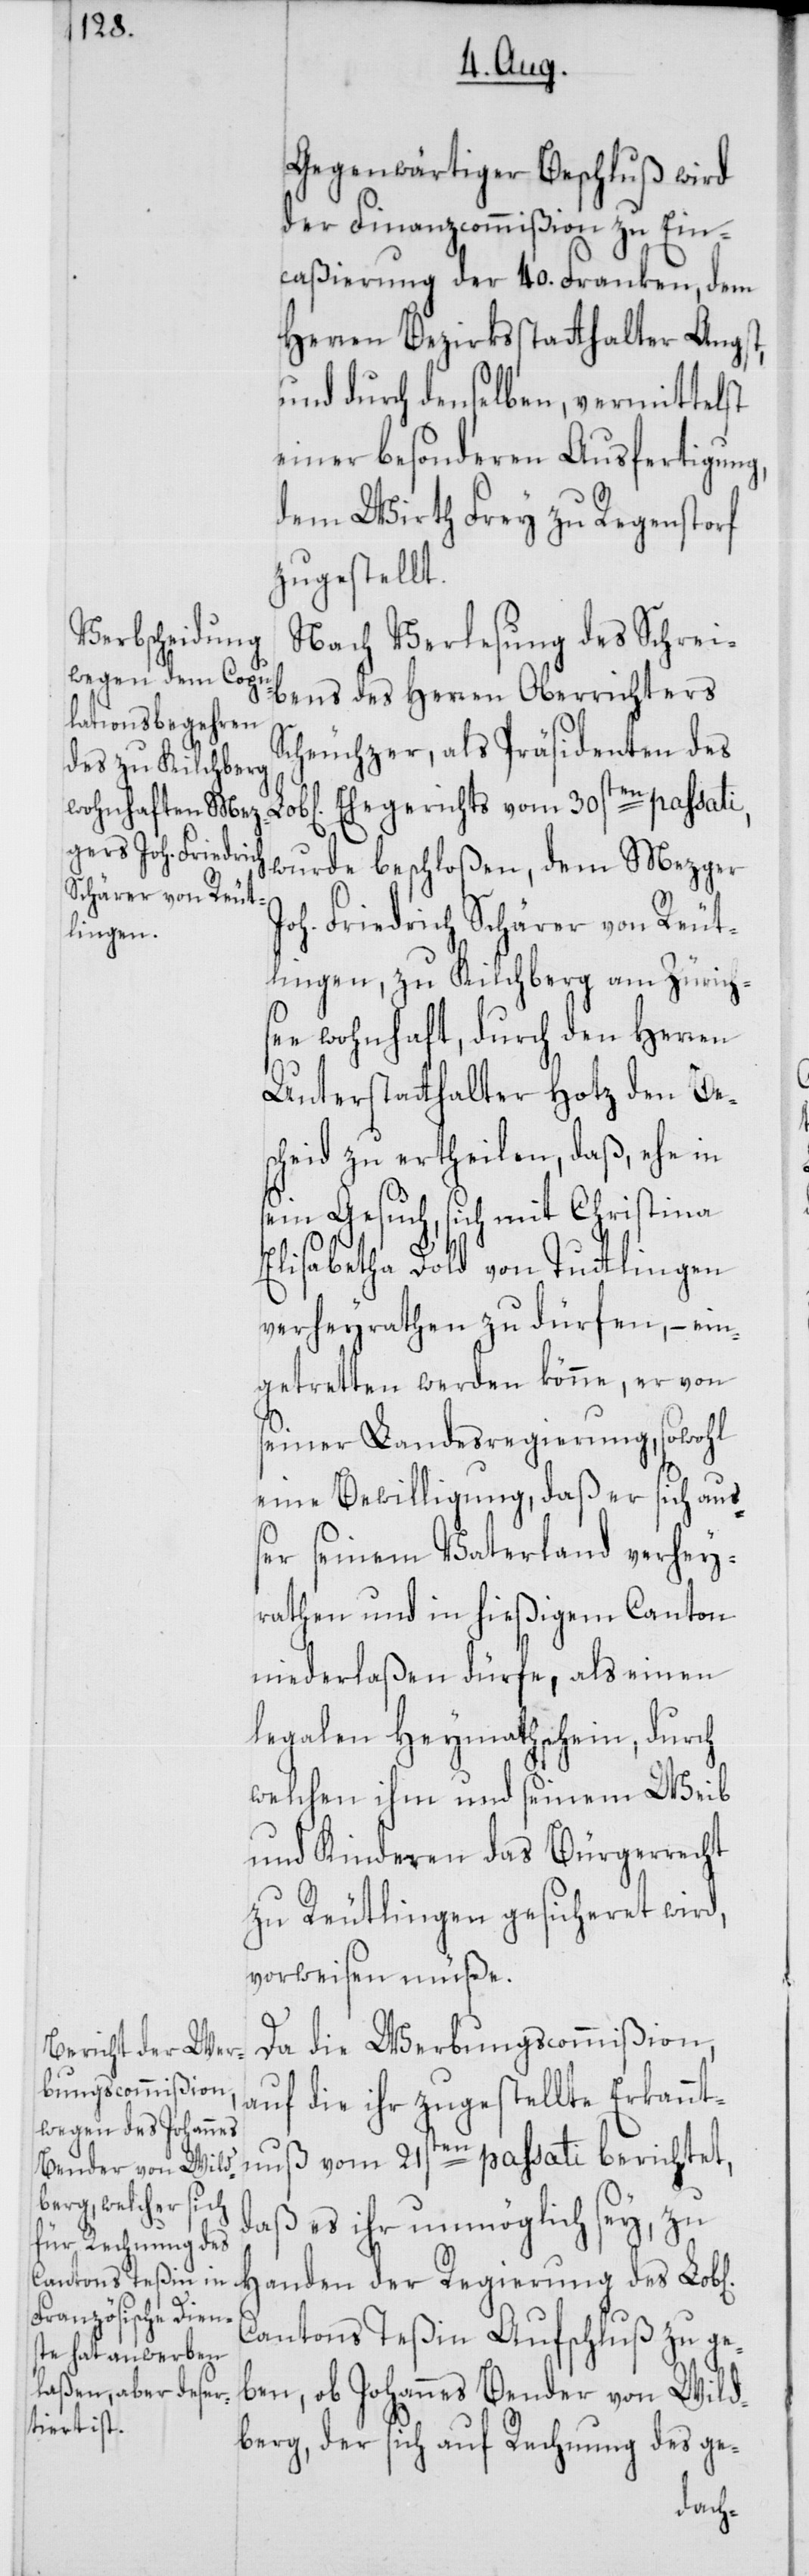
ichen]

Gegenwärtiger Beschluß wird
der Finanzcommißion zu Ein¬
caßierung der 40. Franken, dem
Herren Bezirksstatthalter Angst,
und durch denselben, vermittelst
einer besonderen Ausfertigung,
dem Wirth Frey zu Regenstorf
zugestellt.
Nach Verlesung des Schrei¬
bens des Herren Oberrichters
Scheuchzer, als Präsident des
Ehegerichts vom 30sten passati,
wurde beschloßen, dem Mezger J¬
oh. Friedrich Schärer von Reut¬
lingen, zu Kilchberg am Zürichs¬
ee wohnhaft, durch den Herren
Unterstatthalter Hotz den Bes¬
cheid zu ertheilen, daß, ehe in
sein Gesuch, sich mit Christina
Elisabetha Dold von Tuttlingen
verheyrathen zu dürfen, – ein¬
getretten werden könne, er von
seiner Landesregierung, sowohl
eine Bewilligung, daß er sich auß¬
er seinem Vaterland verhey¬
rathen und in hießigem Canton
niederlaßen dürfe, als einen
legalen Heymathschein, durch
welchen ihm und seinem Weib
und Kinderen das Bürgerrecht
zu Reutlingen gesicheret wird,
vorweisen müße.
Da die Werbungscommißion,
auf die ihr zugestellte Erkannt¬
nuß vom 21sten passati berichtet,
daß es ihr unmöglich sey, zu
Handen der Regierung des Lob[l¬
Cantons Teßin Aufschluß zu ge¬
ben, ob Johannes Bender von Wild¬
berg, der sich auf Rechnung des ge-